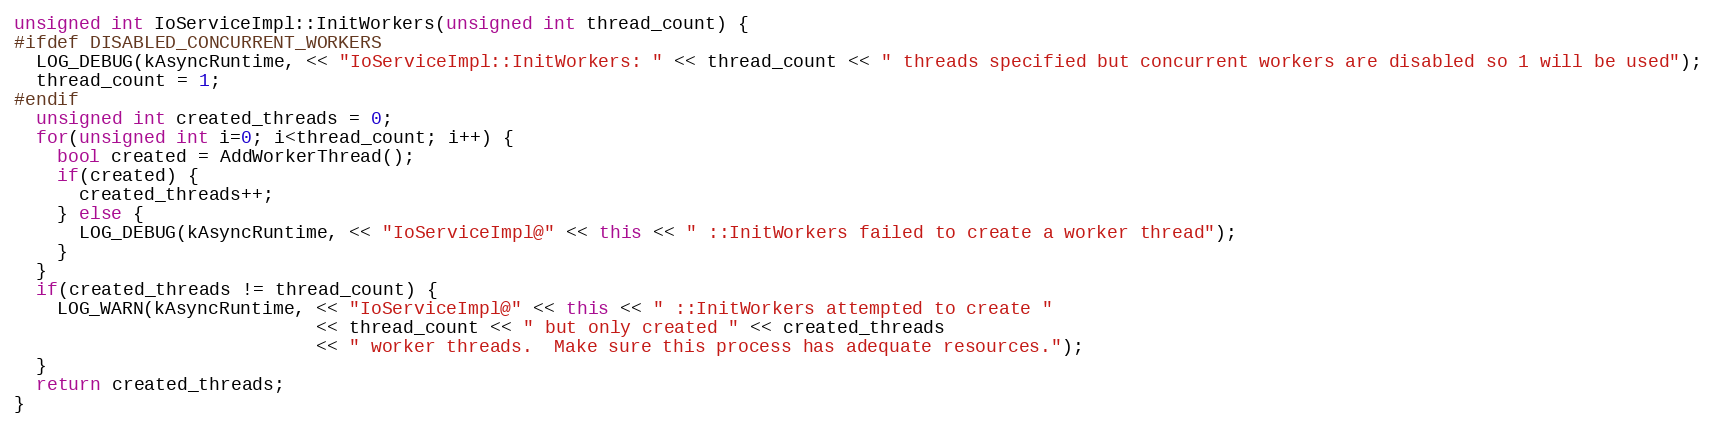
Language: C++
unsigned int IoServiceImpl::InitWorkers(unsigned int thread_count) {
#ifdef DISABLED_CONCURRENT_WORKERS
  LOG_DEBUG(kAsyncRuntime, << "IoServiceImpl::InitWorkers: " << thread_count << " threads specified but concurrent workers are disabled so 1 will be used");
  thread_count = 1;
#endif
  unsigned int created_threads = 0;
  for(unsigned int i=0; i<thread_count; i++) {
    bool created = AddWorkerThread();
    if(created) {
      created_threads++;
    } else {
      LOG_DEBUG(kAsyncRuntime, << "IoServiceImpl@" << this << " ::InitWorkers failed to create a worker thread");
    }
  }
  if(created_threads != thread_count) {
    LOG_WARN(kAsyncRuntime, << "IoServiceImpl@" << this << " ::InitWorkers attempted to create "
                            << thread_count << " but only created " << created_threads
                            << " worker threads.  Make sure this process has adequate resources.");
  }
  return created_threads;
}